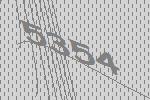
5354